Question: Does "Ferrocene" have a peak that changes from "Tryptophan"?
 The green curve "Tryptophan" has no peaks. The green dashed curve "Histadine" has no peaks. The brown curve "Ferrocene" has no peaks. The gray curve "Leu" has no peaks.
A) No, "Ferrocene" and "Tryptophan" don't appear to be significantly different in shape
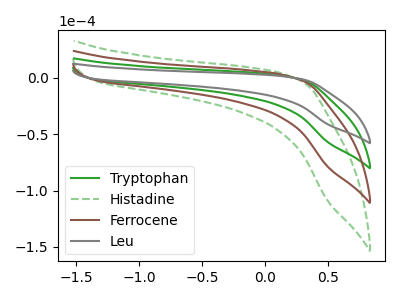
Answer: <think>Neither "Ferrocene" or "Tryptophan" have any peaks.
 </think>
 <answer>A) No, "Ferrocene" and "Tryptophan" don't appear to be significantly different in shape</answer>
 <eval>A</eval>